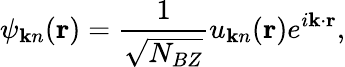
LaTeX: \psi_{{\mathbf k}n}({\mathbf r})=\frac{1}{\sqrt{N_{BZ}}}u_{{\mathbf k}n}({\mathbf r})e^{i{\mathbf k}\cdot{\mathbf r}},